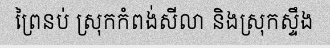
ព្រៃនប់ ស្រុកកំពង់សីលា និងស្រុកស្ទឹង